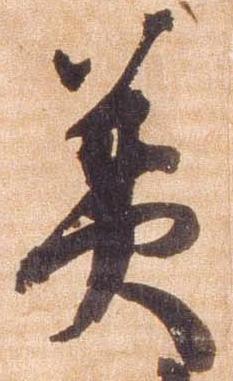
美